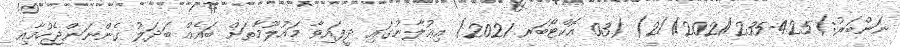
ނަންބަރު:)425-2/1/2021/235) (03 އޮކްޓޯބަރ 2021) އިޢުލާނުގައި ދީފައިވާ މައުލޫމާތަށް ބައެއް ބަދަލު ގެންނަންޖެހުމާއި